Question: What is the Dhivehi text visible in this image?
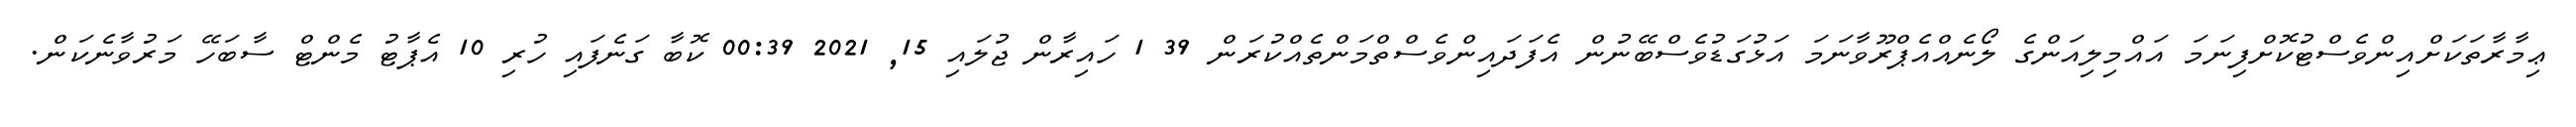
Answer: ޢިމާރާތަކަށްއިންވެސްޓުކޮށްފިނަމަ އައްމިލިއަންގެ ލޯނެއްއެޕްރޫވާނަމަ އަޅުގަޑުވެސްބޭނުން އެފަދައިންވެސްތްމަންތެއްކުރަން 39 1 ހައިރާން ޖުލައި 15, 2021 00:39 ކޮބާ ގަނެފައި ހުރި 10 އެޕާޓު މެންޓް ސާބަހޭ މަރުވާނެކަން.